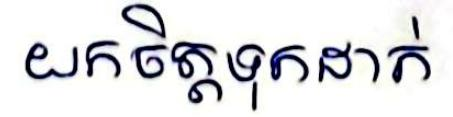
យកចិត្តទុកដាក់